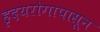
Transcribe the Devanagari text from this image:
हृदयरोगापासून